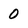
Character: 0